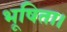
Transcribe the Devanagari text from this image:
भूषिता।